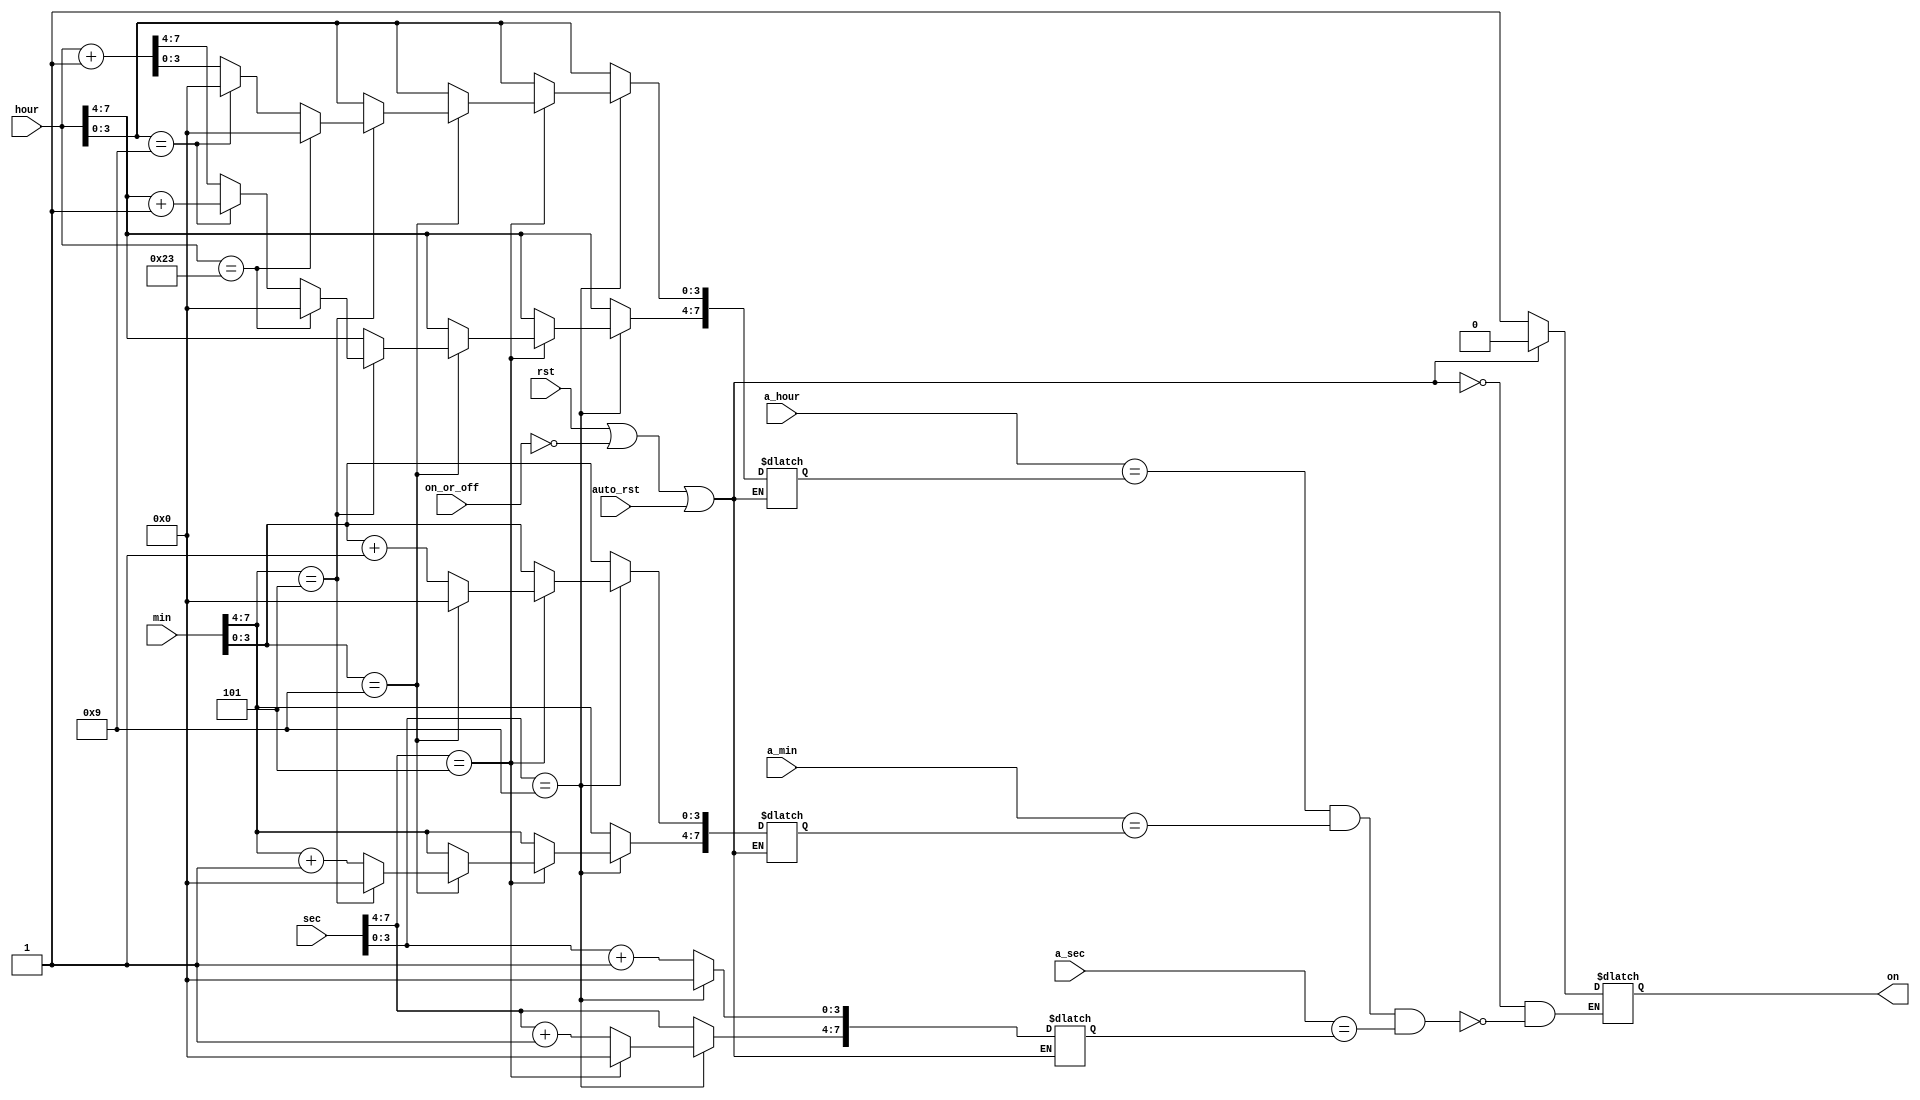
//so sanh voi alarm-time-set
module compare_with_alarm(output on,
                          input [7:0]a_hour,
								  input [7:0]hour,
								  input [7:0]a_min,
								  input [7:0]min,
								  input [7:0]a_sec,
								  input [7:0]sec,
								  input on_or_off,
								  input rst,
								  input auto_rst);
     reg r_on;
	  reg [7:0]r_sec; 
	  reg [7:0]r_min;
	  reg [7:0]r_hour;
	  always @(rst, on_or_off, auto_rst, a_hour, hour, a_min, min, a_sec, sec) begin
	      if((rst) || (~on_or_off) ||(auto_rst)) begin
			    r_on = 0;
			end
			else begin
			   if(sec[3:0] == 4'b1001) begin   // giay _9
				   r_sec[3:0] <= 0;
					if(sec[7:4] == 4'b0101) begin   //giay 59
					   r_sec[7:4] <= 0;
						
						if(min[3:0] == 4'b1001) begin  // phut _9
						   r_min[3:0] <= 0;
							if(min[7:4] == 4'b0101) begin   // phut 59
							   r_min[7:4] <= 0;
								
							   if(hour == 8'b00100011)      // gio 23
							      r_hour <= 0;
								else if(hour[3:0] == 4'b1001) begin    // gio _9
								   r_hour[3:0] <= 0;
									r_hour[7:4] <= hour[7:4] + 1;
								end
							   else
							      r_hour <= hour + 1;
									
							end
							else begin
							   r_hour <= hour;
								r_min[7:4] <= min[7:4] + 1;
							end
						end
						else begin
						   r_hour <= hour;
							r_min[3:0] <= min[3:0] + 1;
							r_min[7:4] <= min[7:4];
						end
					end
					else begin
				      r_sec[7:4] <= sec[7:4] + 1;
					   r_min <= min;
					   r_hour <= hour;
					end	
				end
				else begin
				   r_sec[3:0] <= sec[3:0] + 1;
					r_sec[7:4] <= sec[7:4];
					r_min <= min;
					r_hour <= hour;
				end
				
			   if((a_hour == r_hour) && (a_min == r_min) && (a_sec == (r_sec)))
				   r_on <= 1;
	      end
	  end
	  
	  assign on = r_on;
endmodule